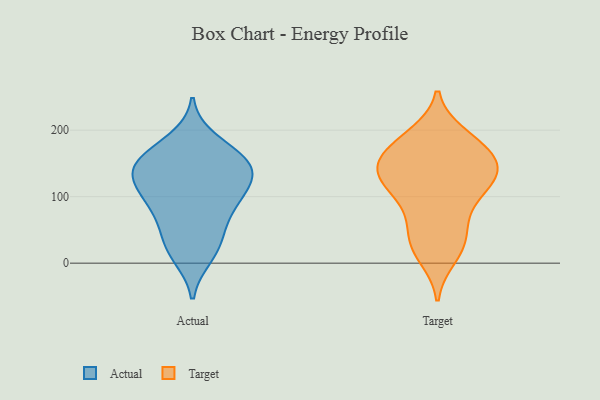
{"axis": {"x": "Bounce Rate (%)", "y": "Value"}, "legend": ["Actual", "Target"], "data": [{"x": "", "y": 161, "type": "Actual"}, {"x": "", "y": 100, "type": "Actual"}, {"x": "", "y": 163, "type": "Actual"}, {"x": "", "y": 80, "type": "Actual"}, {"x": "", "y": 133, "type": "Actual"}, {"x": "", "y": 138, "type": "Actual"}, {"x": "", "y": 159, "type": "Actual"}, {"x": "", "y": 94, "type": "Actual"}, {"x": "", "y": 130, "type": "Actual"}, {"x": "", "y": 10, "type": "Actual"}, {"x": "", "y": 18, "type": "Actual"}, {"x": "", "y": 49, "type": "Actual"}, {"x": "", "y": 138, "type": "Actual"}, {"x": "", "y": 185, "type": "Actual"}, {"x": "", "y": 38, "type": "Actual"}, {"x": "", "y": 89, "type": "Actual"}, {"x": "", "y": 129, "type": "Actual"}, {"x": "", "y": 65, "type": "Target"}, {"x": "", "y": 132, "type": "Target"}, {"x": "", "y": 134, "type": "Target"}, {"x": "", "y": 80, "type": "Target"}, {"x": "", "y": 119, "type": "Target"}, {"x": "", "y": 147, "type": "Target"}, {"x": "", "y": 171, "type": "Target"}, {"x": "", "y": 34, "type": "Target"}, {"x": "", "y": 189, "type": "Target"}, {"x": "", "y": 22, "type": "Target"}, {"x": "", "y": 135, "type": "Target"}, {"x": "", "y": 10, "type": "Target"}, {"x": "", "y": 120, "type": "Target"}, {"x": "", "y": 36, "type": "Target"}, {"x": "", "y": 157, "type": "Target"}, {"x": "", "y": 192, "type": "Target"}, {"x": "", "y": 97, "type": "Target"}, {"x": "", "y": 176, "type": "Target"}, {"x": "", "y": 129, "type": "Target"}, {"x": "", "y": 163, "type": "Target"}]}